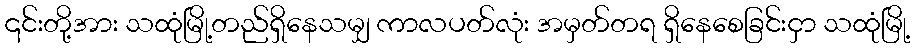
၎င်းတို့အား သထုံမြို့တည်ရှိနေသမျှ ကာလပတ်လုံး အမှတ်တရ ရှိနေစေခြင်းငှာ သထုံမြို့